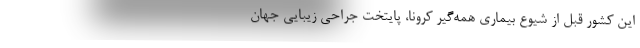
این کشور قبل از شیوع بیماری همه‌گیر کرونا، پایتخت جراحی زیبایی جهان